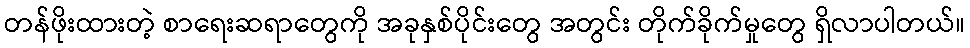
တန်ဖိုးထားတဲ့ စာရေးဆရာတွေကို အခုနှစ်ပိုင်းတွေ အတွင်း တိုက်ခိုက်မှုတွေ ရှိလာပါတယ်။